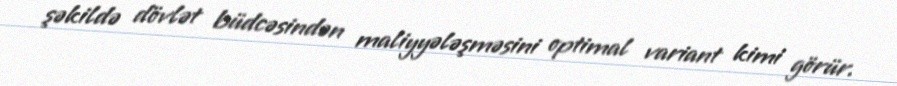
şəkildə dövlət büdcəsindən maliyyələşməsini optimal variant kimi görür.